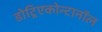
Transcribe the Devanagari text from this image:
डोट्रिएकोन्टानॉल